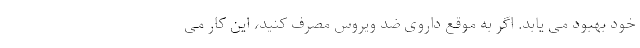
خود بهبود می یابد. اگر به موقع داروی ضد ویروس مصرف کنید، این کار می